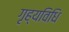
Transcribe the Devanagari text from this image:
गृह्यविधि